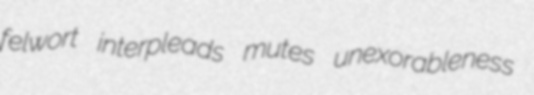
felwort interpleads mutes unexorableness